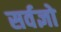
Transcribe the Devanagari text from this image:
सर्वज्ञो